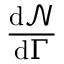
\frac { \mathrm { d } { \mathcal { N } } } { \mathrm { d } \Gamma }